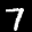
Label: 7